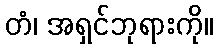
တံ၊ အရှင်ဘုရားကို။